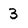
Character: 3